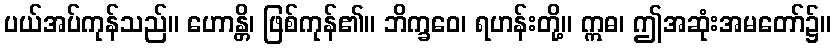
ပယ်အပ်ကုန်သည်။ ဟောန္တိ၊ ဖြစ်ကုန်၏။ ဘိက္ခဝေ၊ ရဟန်းတို့။ ဣဓ၊ ဤအဆုံးအမတော်၌။